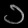
Digit: ၁